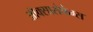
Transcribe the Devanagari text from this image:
ऑक्सासेफेम्स